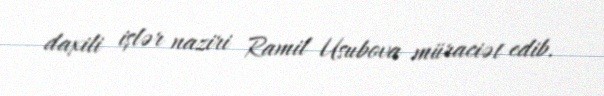
daxili işlər naziri Ramil Usubova müraciət edib.